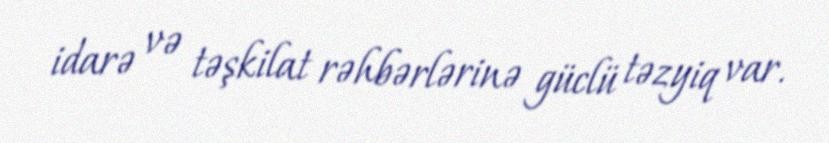
idarə və təşkilat rəhbərlərinə güclü təzyiq var.